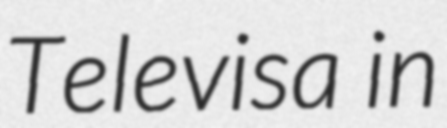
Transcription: Televisa in